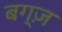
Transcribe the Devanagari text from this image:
बग्ज़